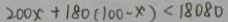
2 0 0 x + 1 8 0 ( 1 0 0 - x ) < 1 8 0 8 0